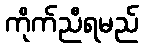
ကိုက်ညီရမည်